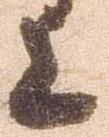
上